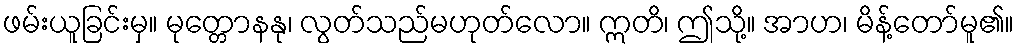
ဖမ်းယူခြင်းမှ။ မုတ္တောနနု၊ လွတ်သည်မဟုတ်လော။ ဣတိ၊ ဤသို့။ အာဟ၊ မိန့်တော်မူ၏။